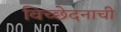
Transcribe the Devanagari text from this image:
विच्छेदनाची